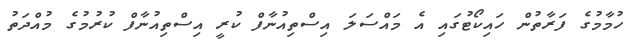
ހުމާމުގެ ފަރާތުން ހައިކޯޓުގައި އެ މައްސަލަ އިސްތިއުނާފް ކުރީ އިސްތިއުނާފް ކުރުމުގެ މުއްދަތު